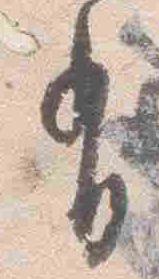
有